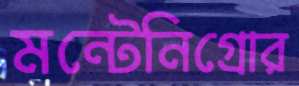
মন্টেনিগ্রোর